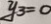
y _ { 3 } = 0